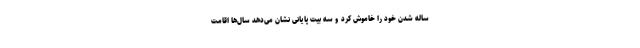
ساله شدن خود را خاموش کرد و سه بیت پایانی نشان می‌دهد سال‌ها اقامت